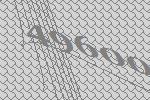
49600